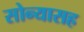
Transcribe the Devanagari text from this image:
सोन्यासह